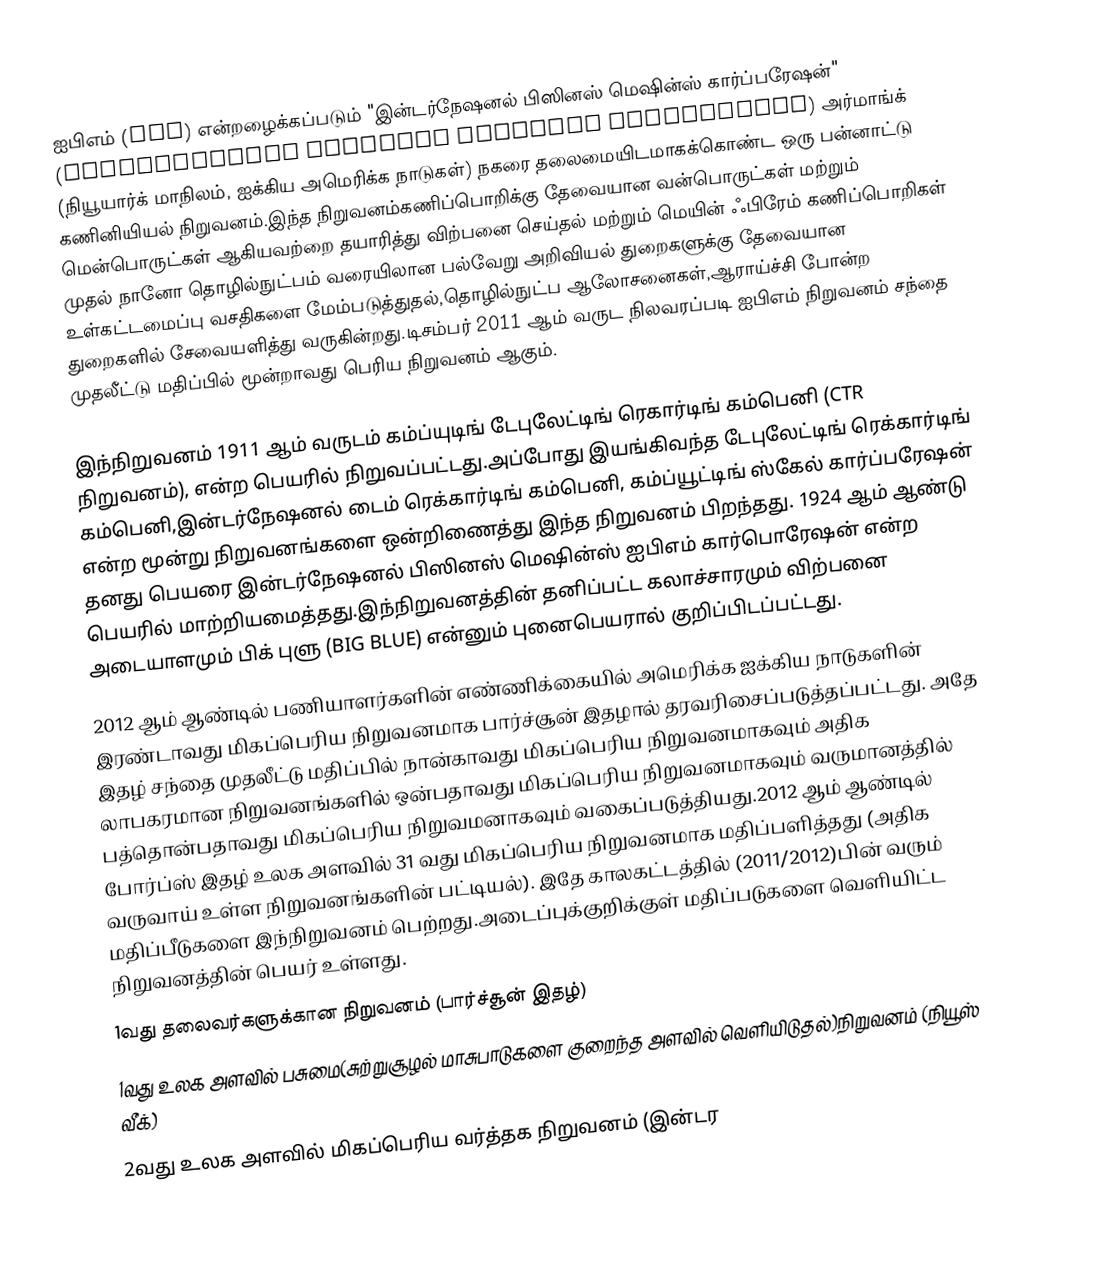
ஐபிஎம் (IBM) என்றழைக்கப்படும் "இன்டர்நேஷனல் பிஸினஸ் மெஷின்ஸ் கார்ப்பரேஷன்" (International Business Machines Corporation) அர்மாங்க் (நியூயார்க் மாநிலம், ஐக்கிய அமெரிக்க நாடுகள்) நகரை தலைமையிடமாகக்கொண்ட ஒரு பன்னாட்டு கணினியியல் நிறுவனம்.இந்த நிறுவனம்கணிப்பொறிக்கு தேவையான வன்பொருட்கள் மற்றும் மென்பொருட்கள் ஆகியவற்றை தயாரித்து விற்பனை செய்தல் மற்றும் மெயின் ஃபிரேம் கணிப்பொறிகள் முதல் நானோ தொழில்நுட்பம் வரையிலான பல்வேறு அறிவியல் துறைகளுக்கு தேவையான உள்கட்டமைப்பு வசதிகளை மேம்படுத்துதல்,தொழில்நுட்ப ஆலோசனைகள்,ஆராய்ச்சி போன்ற துறைகளில் சேவையளித்து வருகின்றது.டிசம்பர் 2011 ஆம் வருட நிலவரப்படி ஐபிஎம் நிறுவனம் சந்தை முதலீட்டு மதிப்பில் மூன்றாவது பெரிய நிறுவனம் ஆகும்.

இந்நிறுவனம் 1911 ஆம் வருடம் கம்ப்யுடிங் டேபுலேட்டிங் ரெகார்டிங் கம்பெனி (CTR நிறுவனம்), என்ற பெயரில் நிறுவப்பட்டது.அப்போது இயங்கிவந்த டேபுலேட்டிங் ரெக்கார்டிங் கம்பெனி,இன்டர்நேஷனல் டைம் ரெக்கார்டிங் கம்பெனி, கம்ப்யூட்டிங் ஸ்கேல் கார்ப்பரேஷன் என்ற மூன்று நிறுவனங்களை ஒன்றிணைத்து இந்த நிறுவனம் பிறந்தது. 1924 ஆம் ஆண்டு தனது பெயரை இன்டர்நேஷனல் பிஸினஸ் மெஷின்ஸ் ஐபிஎம் கார்பொரேஷன் என்ற பெயரில் மாற்றியமைத்தது.இந்நிறுவனத்தின் தனிப்பட்ட கலாச்சாரமும் விற்பனை அடையாளமும் பிக் புளு (BIG BLUE) என்னும் புனைபெயரால் குறிப்பிடப்பட்டது.
2012 ஆம் ஆண்டில் பணியாளர்களின் எண்ணிக்கையில்  அமெரிக்க ஐக்கிய நாடுகளின் இரண்டாவது மிகப்பெரிய நிறுவனமாக பார்ச்சூன் இதழால் தரவரிசைப்படுத்தப்பட்டது. அதே இதழ் சந்தை முதலீட்டு மதிப்பில் நான்காவது மிகப்பெரிய நிறுவனமாகவும் அதிக லாபகரமான நிறுவனங்களில் ஒன்பதாவது மிகப்பெரிய நிறுவனமாகவும் வருமானத்தில் பத்தொன்பதாவது மிகப்பெரிய நிறுவமனாகவும் வகைப்படுத்தியது.2012 ஆம் ஆண்டில் போர்ப்ஸ்  இதழ் உலக அளவில் 31 வது மிகப்பெரிய நிறுவனமாக மதிப்பளித்தது (அதிக வருவாய் உள்ள நிறுவனங்களின் பட்டியல்). இதே காலகட்டத்தில் (2011/2012)பின் வரும் மதிப்பீடுகளை இந்நிறுவனம் பெற்றது.அடைப்புக்குறிக்குள் மதிப்படுகளை வெளியிட்ட நிறுவனத்தின் பெயர் உள்ளது.
1வது தலைவர்களுக்கான நிறுவனம் (பார்ச்சூன் இதழ்)
1வது உலக அளவில் பசுமை(சுற்றுசூழல் மாசுபாடுகளை குறைந்த அளவில் வெளியிடுதல்)நிறுவனம் (நியூஸ் வீக்)
2வது உலக அளவில் மிகப்பெரிய வர்த்தக நிறுவனம் (இன்டர